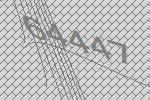
64447